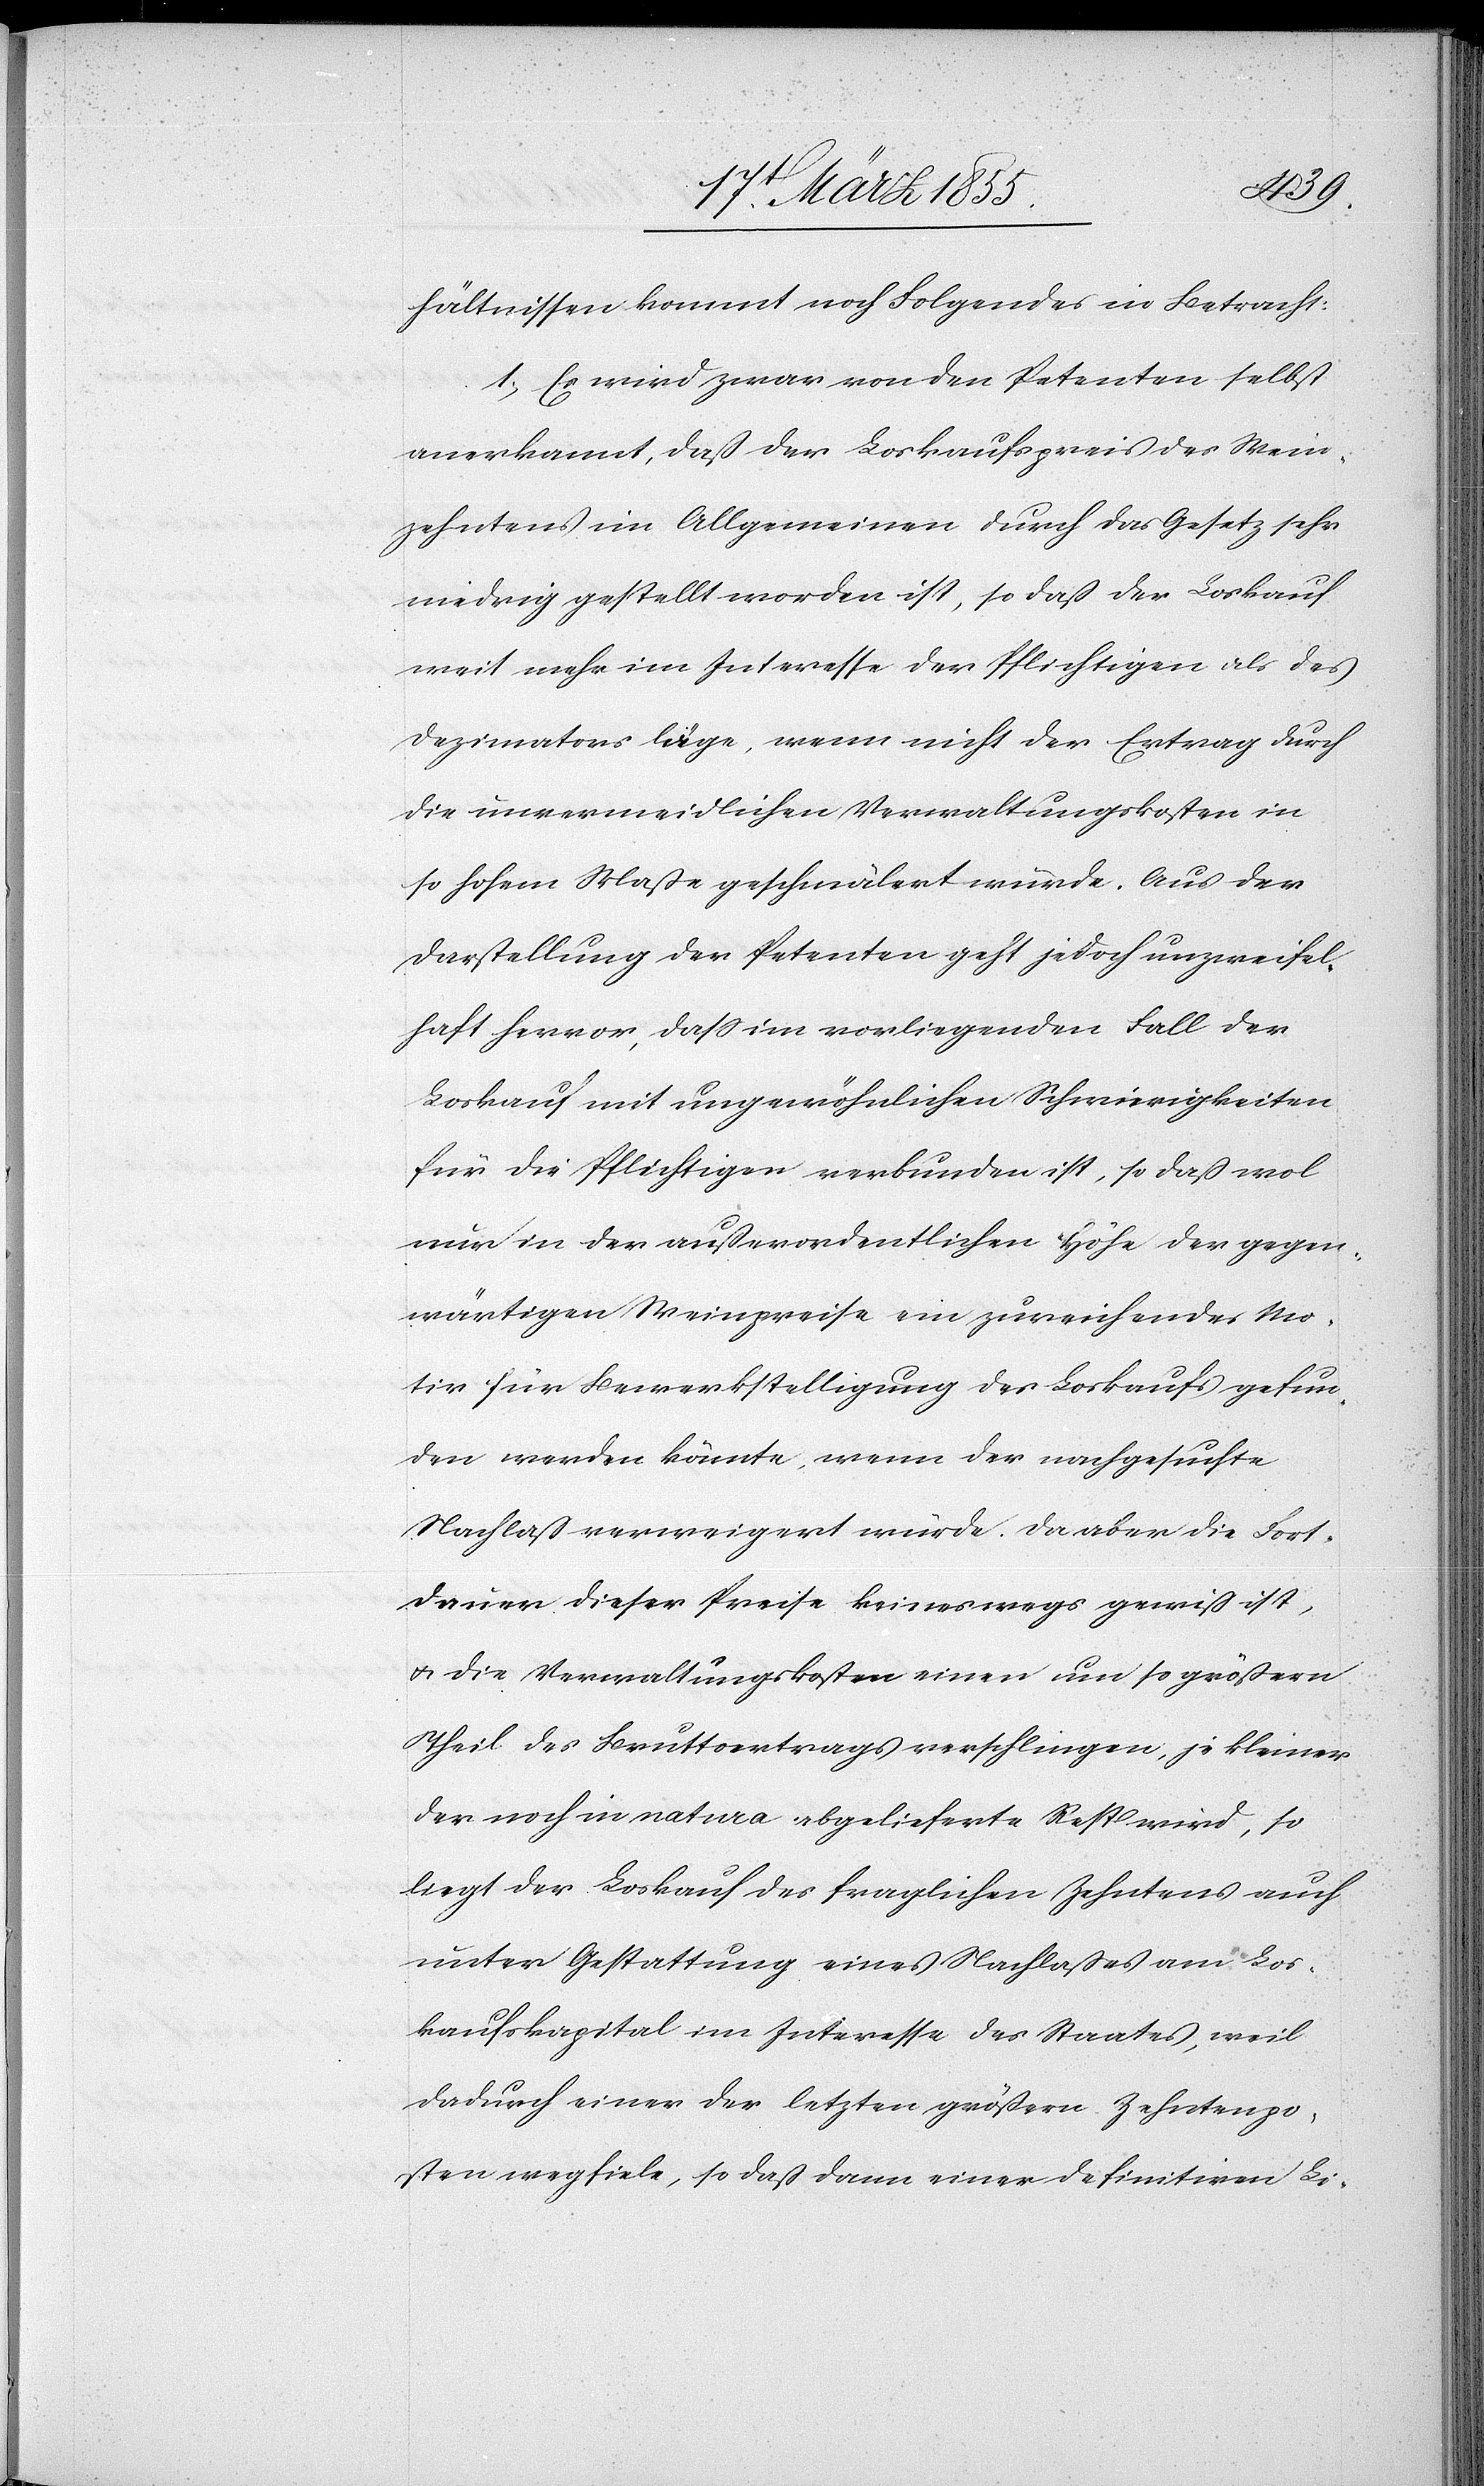
hältnissen kommt noch Folgendes in Betracht:
1, Es wird zwar von den Petenten selbst
anerkannt, daß der Loskaufspreis des Wein¬
zehntens im Allgemeinen durch das Gesetz sehr
niedrig gestellt worden ist, so daß der Loskauf
weit mehr im Interesse der Pflichtigen als des
Dezimators läge, wenn nicht der Ertrag durch
die unvermeidlichen Verwaltungskosten in
so hohem Maße geschmälert würde. Aus der
Darstellung der Petenten geht jedoch unzweifel¬
haft hervor, dass im vorliegenden Fall der
Loskauf mit ungewöhnlichen Schwierigkeiten
für die Pflichtigen verbunden ist, so daß wol
nur in der außerordentlichen Höhe der gegen¬
wärtigen Weinpreise ein zureichendes Mo¬
tiv für Bewerkstelligung des Loskaufs gefun¬
den werden könnte, wenn der nachgesuchte
Nachlaß verweigert würde. Da aber die Fort¬
dauer dieser Preise keineswegs gewiß ist,
& die Verwaltungskosten einen um so größern
Theil des Bruttoertrags verschlingen, je kleiner
der noch in natura abgelieferte Rest wird, so
liegt der Loskauf des fraglichen Zehntens auch
unter Gestattung eines Nachlaßes am Los¬
kaufskapital im Interesse des Staates, weil
dadurch einer der letzten größern Zehntenpo¬
sten wegfiele, so daß dann einer definitiven Li-